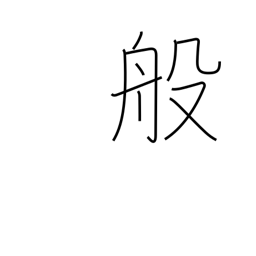
Meaning: carry